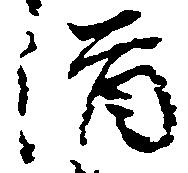
酒